Note on the mental hospitals in Burma - 1925-1940
Year: 1925
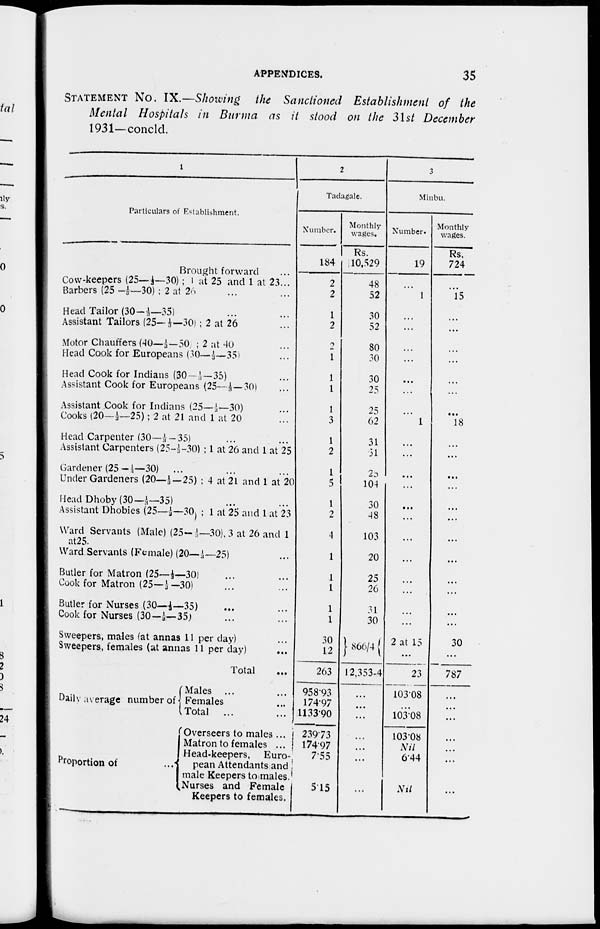
APPENDICES.
35
STATEMENT NO. IX.—Showing the Sanctioned Establishment of the
Mental Hospitals in Burma as it stood on the 31st December
1931—concld.
1
Particulars of Establishment.
Brought forward ...
Cow-keepers (25—⅓—30) ; 1 at 25 and 1 at 23...
Barbers (25 —⅓—30) ; 2 at 26 ... ...
Head Tailor (30—⅓—35) ... ...
Assistant Tailors (25— ⅓—30) ; 2 at 26
Motor Chauffers (40—⅓—50 ; 2 at 40
Mead Cook for Europeans (30—⅓—35)
Head Cook for Indians (30–⅓—35)
Assistant Cook for Europeans (25—⅓—30)
Assistant Cook for Indians (25— ⅓—30)
Cooks (20—⅓—25); 2 at 21 and 1 at 20
Head Carpenter (30—⅓–35)
Assistant Carpenters (25–⅓–30) ; 1 at 26 and 1 at 25
Gardener (25–⅓—30)
...
Under Gardeners (20—⅓—25) : 4 at 21 and 1 at 20
Mead Dhoby (30—⅓—35)
Assistant Dhobies (25— ⅓— 30) ; 1 at 25 and 1 at 23
Ward Servants (Male) (25–⅓—30), 3 at 26 and 1
at25.
Ward Servants (Female) (20—⅓—25)
Butler for Matron (25—⅓—30)
Cook for Matron (25—⅓–30)
Butler for Nurses (30—⅓—35)
Cook for Nurses (30—⅓—35;
Sweepers, males (at annas 11 per day)
Sweepers, females (at annas 11 per day)
Total ...
Daily average number of
Proportion of
Males ...
Females ...
Total ...
Overseers to males ...
Matron to females ...
Head-keepers, Euro
pean Attendants and
male Keepers to males.
Nurses and Female
Keepers to females.
2
Tadagale.
Number.
184
2
2
1
2
2
1
1
1
1
3
1
2
1
5
1
2
4
1
1
1
1
1
30
12
263
958.93
174.97
1133.90
239.73
174.97
7.55
5.15
Monthly
wages.
Rs.
10,529
48
52
30
52
80
30
30
25
25
62
31
31
20
104
30
48
103
20
25
26
31
30
866/4
12,353-4
...
...
...
...
...
...
...
3
Minbu.
Number.
19
...
1
...
...
...
...
...
...
...
1
...
...
...
...
...
...
...
...
...
...
...
...
2 at 15
...
23
103.08
...
103.08
103.08
Nil
6.44
Nil
Monthly
wages.
Rs.
724
...
15
...
...
...
...
...
...
...
18
...
...
...
...
...
...
...
...
...
...
...
...
30
...
787
...
...
...
...
...
...